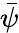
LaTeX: \bar{\psi}